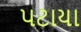
પટાયા